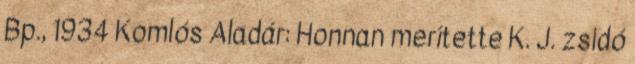
Bp., 1934 Komlós Aladár: Honnan merítette K. J. zsidó